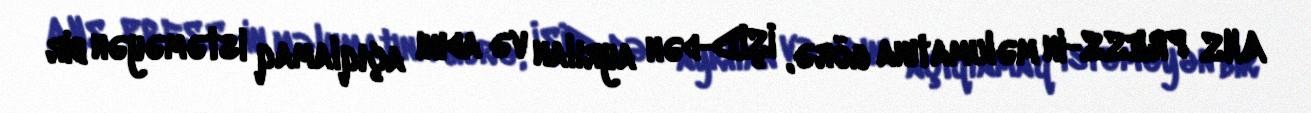
ANS PRESS-in məlumatına görə, İŞİD-dən ayrılan və adını açıqlamaq istəməyən bir